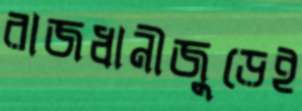
রাজধানীজুড়েই